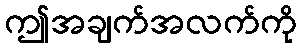
ဤအချက်အလက်ကို